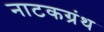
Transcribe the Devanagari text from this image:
नाटकग्रंथ